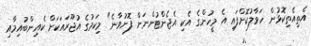
އެތިއެތިކޮޅުން ހަވާލުކޮށްފައި އެ މީހުންގެ އެކި އެޖެންޓުންނަށް ފޮނުވާނެ" މިކަމުގެ އުޖޫރައަކަށް ކެއިންބުއިމާއި